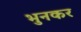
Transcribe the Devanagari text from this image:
भुनकर